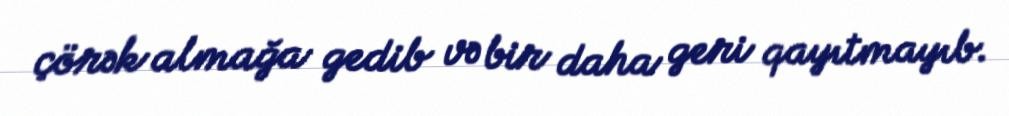
çörək almağa gedib və bir daha geri qayıtmayıb.